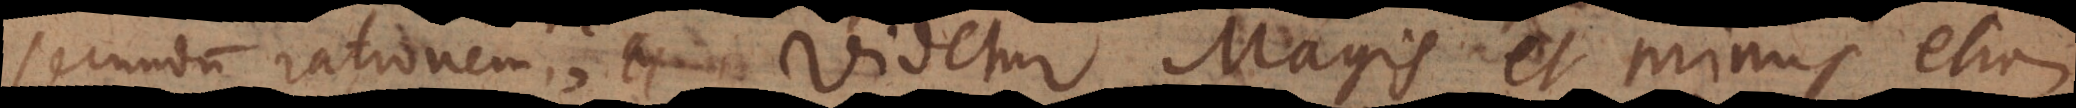
secundum rationem; videtur Magis et minus etiam